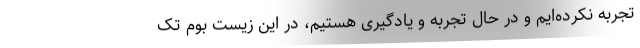
تجربه نکرده‌ایم و در حال تجربه و یادگیری هستیم، در این زیست بوم تک